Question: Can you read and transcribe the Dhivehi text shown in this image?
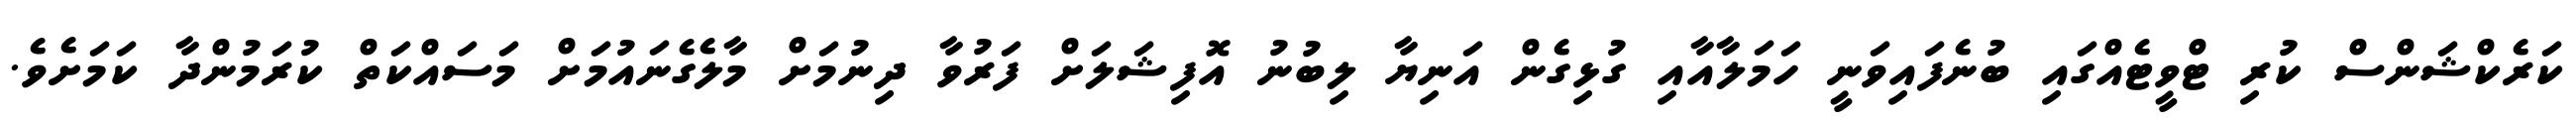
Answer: ކަރެކްޝަންސް ކުރި ޓްވީޓެއްގައި ބުނެފައިވަނީ ހަމަލާއާއި ގުޅިގެން އަނިޔާ ލިބުނު އޮފިޝަލަށް ފަރުވާ ދިނުމަށް މާލެގެނައުމަށް މަސައްކަތް ކުރަމުންދާ ކަމަށެވެ.